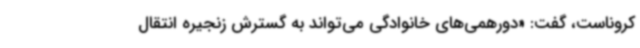
کروناست، گفت: «دورهمی‌های خانوادگی می‌تواند به گسترش زنجیره انتقال